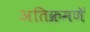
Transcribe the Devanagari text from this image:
अतिक्रमणॅ